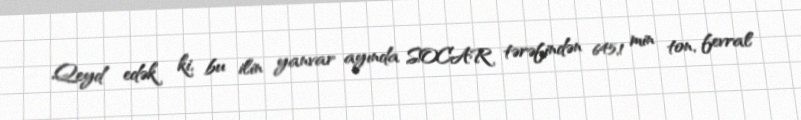
Qeyd edək ki, bu ilin yanvar ayında SOCAR tərəfindən 645,1 min ton, fevral